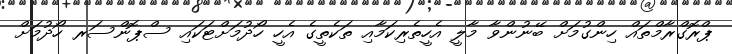
ޕްރޮގްރާމްތައް ހިންގުމަށް ބޭނުންވާ މާލީ އެހީތެރިކަމާއި ތަކެތީގެ އެހީ ހޯދުމަށްޓަކައި ސްޕޮންސަރ ހޯދުމަށް